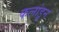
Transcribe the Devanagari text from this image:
कलांडून